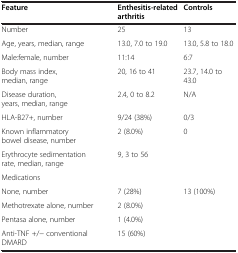
| Feature | Enthesitis-related arthritis | Controls |
 | --- | --- | --- |
 | Number | 25 | 13 |
 | Age, years, median, range | 13.0, 7.0 to 19.0 | 13.0, 5.8 to 18.0 |
 | Male:female, number | 11:14 | 6:7 |
 | Body mass index, median, range | 20, 16 to 41 | 23.7, 14.0 to 43.0 |
 | Disease duration, years, median, range | 2.4, 0 to 8.2 | N/A |
 | HLA-B27+, number | 9/24 (38%) | 0/3 |
 | Known inflammatory bowel disease, number | 2 (8.0%) | 0 |
 | Erythrocyte sedimentation rate, median, range | 9, 3 to 56 |  |
 | Medications |  |  |
 | None, number | 7 (28%) | 13 (100%) |
 | Methotrexate alone, number | 2 (8.0%) |  |
 | Pentasa alone, number | 1 (4.0%) |  |
 | Anti-TNF +/− conventional DMARD | 15 (60%) |  |